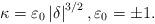
LaTeX: \begin{align*}\kappa=\varepsilon_{0}\left \vert \delta \right \vert ^{3/2},\varepsilon_{0}=\pm1. \end{align*}